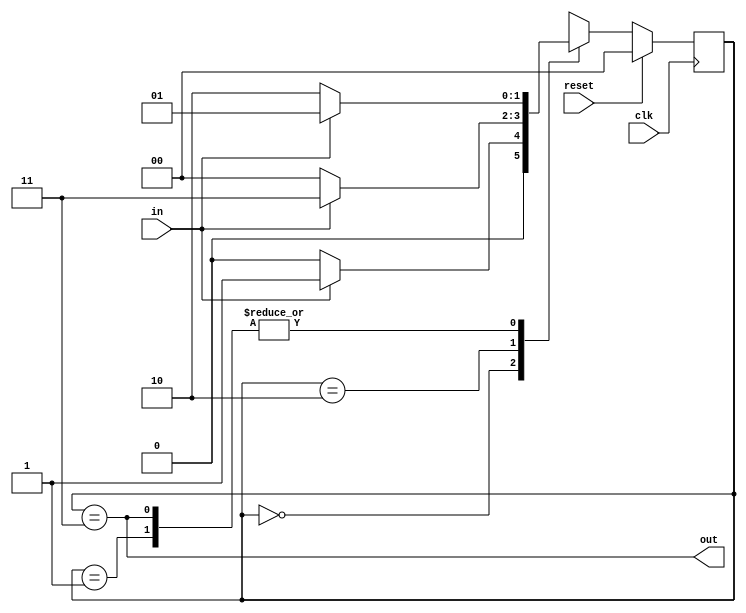
module top_module(
    input clk,
    input in,
    input reset,
    output out); //
	parameter A=0, B=1, C=2, D=3;
    reg [1:0] state, next_state;
    // State transition logic
    always @(*) begin    // This is a combinational always block
        case(state)
            A:next_state = in?B:A;
            B:next_state = in?B:C;
            C:next_state = in?D:A;
            D:next_state = in?B:C;
        endcase
    end

    always @(posedge clk) begin    // This is a sequential always block
        // State flip-flops with asynchronous reset
        if(reset) state = A;
        else state = next_state;
    end

    // Output logic
    assign out = (state == D);

endmodule